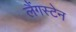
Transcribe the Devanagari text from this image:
लैंगस्टेन